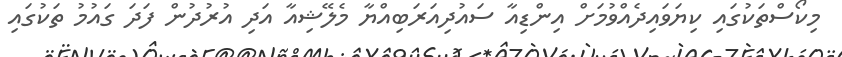
މިކޯސްތަކުގައި ކިޔަވައިދެއްވުމަށް އިންޑިއާ ސައުދިއަރަބިއްޔާ މެލޭޝިއާ އަދި އުރުދުން ފަދަ ގައުމު ތަކުގައި